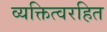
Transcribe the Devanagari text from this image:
व्यक्तित्वरहित